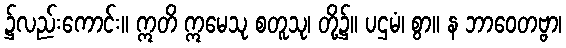
၌လည်းကောင်း။ ဣတိ ဣမေသု စတူသု၊ တို့၌။ ပဌမံ၊ စွာ။ န ဘာဝေတဗ္ဗာ၊